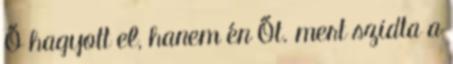
Ő hagyott el, hanem én Őt. mert szidta a